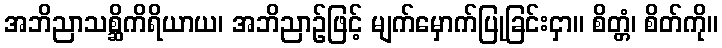
အဘိညာသစ္ဆိကိရိယာယ၊ အဘိညာဉ်ဖြင့် မျက်မှောက်ပြုခြင်းငှာ။ စိတ္တံ၊ စိတ်ကို။